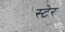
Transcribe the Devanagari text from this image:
स्टेर